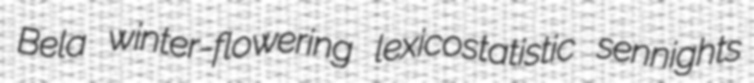
Bela winter-flowering lexicostatistic sennights